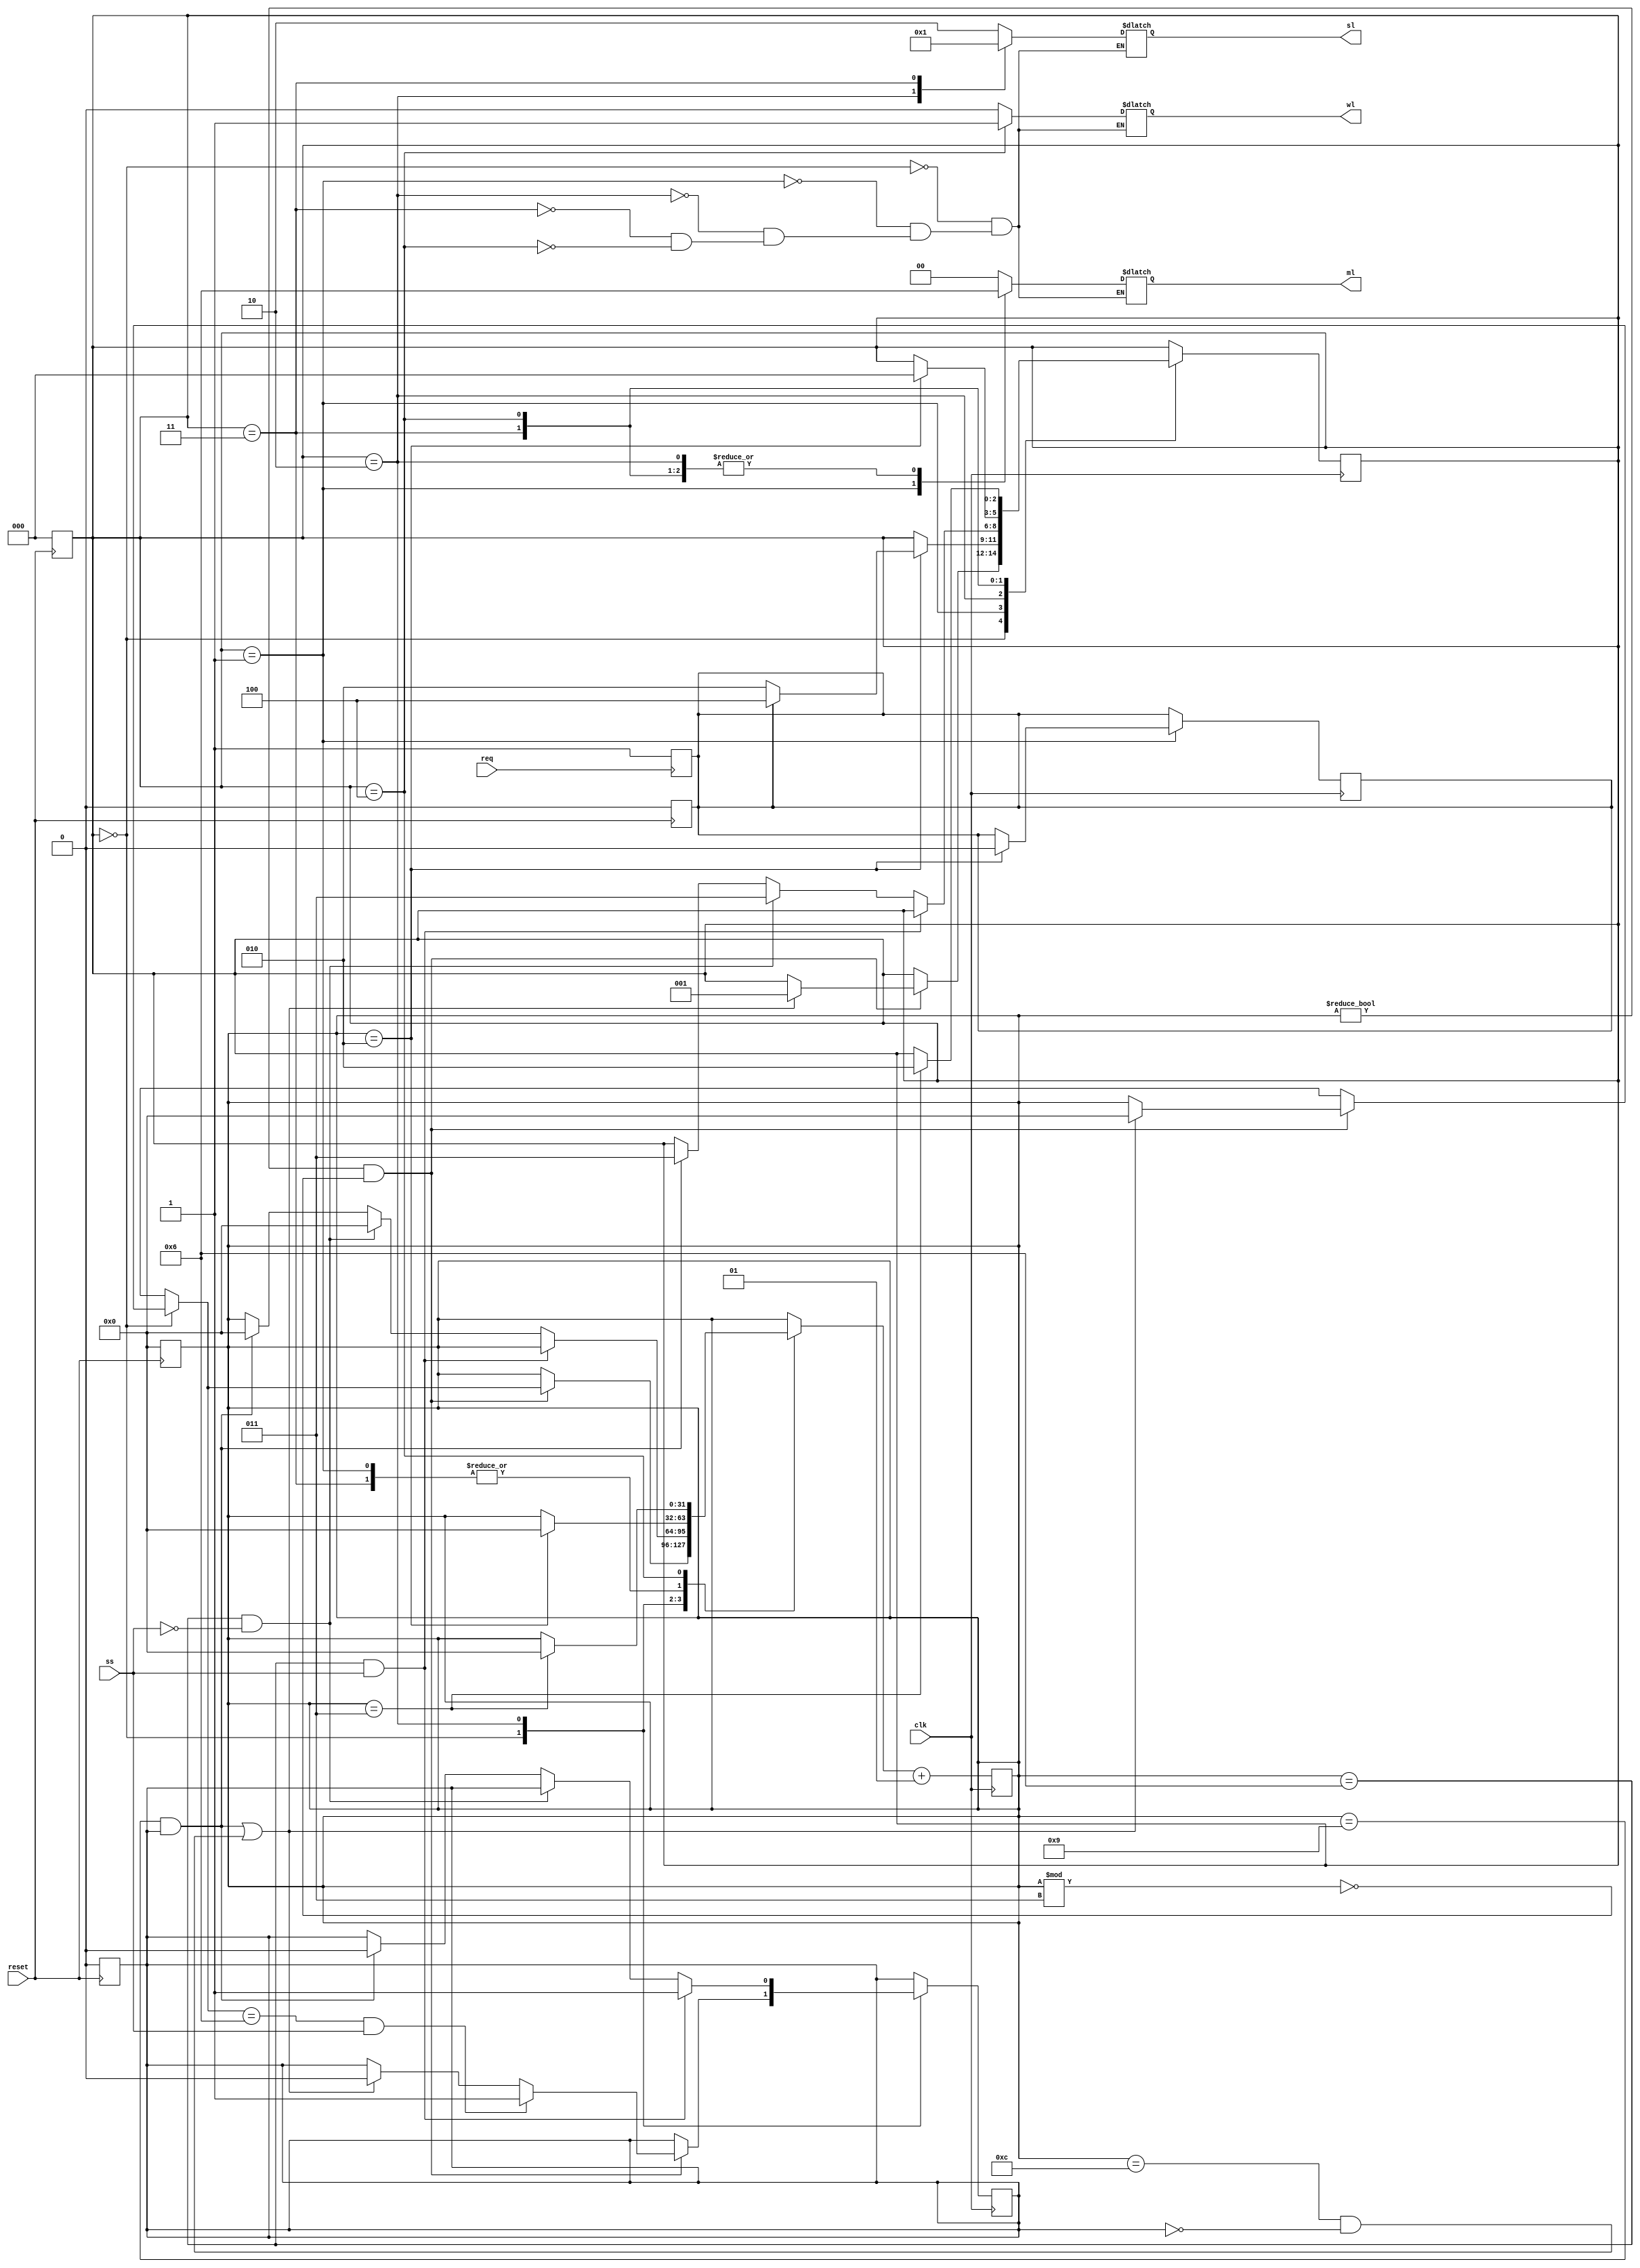
module traffic_controller(clk, reset, req, ss, ml, sl, wl);

	
	input clk, reset, req, ss;
	output wl;
    output[1:0] ml, sl; // 00 = Green, 01 = Yellow, 10 = Red
	
    reg [2:0] state;
    reg sensorState;
	reg wrReg, wlReg; // walk request register and walk light register
	reg [1:0] mlReg, slReg;
    integer secs; // passed seconds
    parameter [2:0] mlGreen = 3'b000;   // Main light is green & Side light is red
    parameter [2:0] mlYellow = 3'b001;  // Main light is yellow & Side light is red 
    parameter [2:0] slGreen = 3'b010;   // Side light is green & Main light is red
    parameter [2:0] slYellow = 3'b011;  // Side light is Yellow & Main light is red
    parameter [2:0] wlOn = 3'b100;  // Walk light is green
    
    // async reset
    always @(posedge reset) begin
        state = mlGreen;
        sensorState = 0;
        secs = 0;
        wrReg = 0;
    end

    // async button
    always @(posedge req) begin
        wrReg = 1;
    end

    always @(posedge clk) begin
        
        case (state)
            mlGreen: begin
                if (secs != 0 && secs % 3 == 0) begin
                    
                    if ((secs == 9 && sensorState == 1) || (secs == 12 && sensorState == 0)) begin
                        state = mlYellow;
                        sensorState = 0;
                        secs = 0;
                    end
                    if (secs == 6 && ss == 1)
                        sensorState = 1'b1;
                        //secs = secs + 3;
                end
            end
            mlYellow: begin
                if (secs == 2) begin
                    secs = 0;
                    state = wrReg == 1'b1 ? wlOn : slGreen;
                    wrReg = 0;
                end
            end
            slGreen: begin
                //secs = secs + 1;
                if (secs == 6 && ss == 1)
                    sensorState = 1;
                else if (secs == 6 && ss == 0) begin
                    secs = 0;
                    state = slYellow;
                end
                else if (secs == 9 && sensorState == 1) begin
                    secs = 0;
                    sensorState = 0;
                    state = slYellow;
                end
            end
            slYellow: begin
                //secs = secs + 1;
                if (secs == 2) begin
                    secs = 0;
                    state = mlGreen;
                end
            end
            wlOn: begin
                //secs = secs + 1;
                if (secs == 3) begin
                    secs = 0;
                    state = slGreen;
                end
            end
			endcase
        secs = secs + 1;

    end
	 
	 always @(state) begin
		case (state)
			mlGreen: begin 
				mlReg = 2'b00;
				slReg = 2'b10;
				wlReg = 1'b0;
			end
			mlYellow: begin
				mlReg = 2'b01;
				slReg = 2'b10;
				wlReg = 1'b0;
			end
			slGreen: begin
				mlReg = 2'b10;
				slReg = 2'b00;
				wlReg = 1'b0;
			end
			slYellow: begin
				mlReg = 2'b10;
				slReg = 2'b01;
				wlReg = 1'b0;
			end
			wlOn: begin
				mlReg = 2'b10;
				slReg = 2'b10;
				wlReg = 1'b1;
			end
		endcase
	 end
	 
	 assign ml = mlReg;
	 assign sl = slReg;
	 assign wl = wlReg;

endmodule